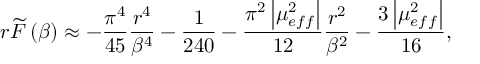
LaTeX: r \widetilde { F } \left( \beta \right) \approx - \frac { \pi ^ { 4 } } { 4 5 } \frac { r ^ { 4 } } { \beta ^ { 4 } } - \frac { 1 } { 2 4 0 } - \frac { \pi ^ { 2 } \left| \mu _ { e f f } ^ { 2 } \right| } { 1 2 } \frac { r ^ { 2 } } { \beta ^ { 2 } } - \frac { 3 \left| \mu _ { e f f } ^ { 2 } \right| } { 1 6 } ,